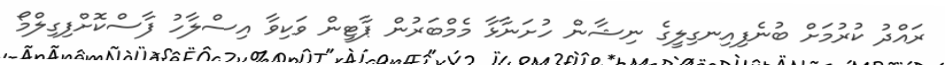
ރައްދު ކުރުމަށް ބުނެފިއިނގިލީގެ ނިޝާން ހުށަނާޅާ މެމްބަރުން ޕާޓީން ވަކިވާ އިސްލާހު ފާސްކޮށްފިގިލްމޯ